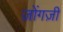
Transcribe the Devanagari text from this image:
ज़ोंगज़ी